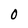
Character: O